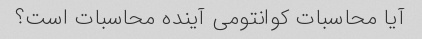
آیا محاسبات کوانتومی آینده محاسبات است؟